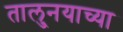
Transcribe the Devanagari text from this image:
तालु्नयाच्या